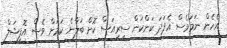
އެހެން ނަމަވެސް އެފަދަ ކަންކަން ސީރިއަސް ކޮށް ބަލާނެ ކަމަށް ވެސް އޮފިޝަލް